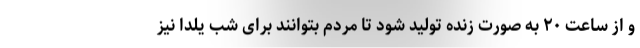
و از ساعت ۲۰ به صورت زنده تولید شود تا مردم بتوانند برای شب یلدا نیز